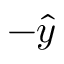
- \hat { y }